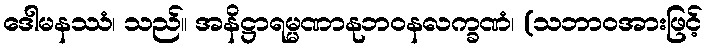
ဒေါမနဿံ၊ သည်။ အနိဋ္ဌာရမ္မဏာနုဘဝနလက္ခဏံ၊ (သဘာဝအားဖြင့်